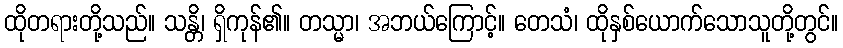
ထိုတရားတို့သည်။ သန္တိ၊ ရှိကုန်၏။ တသ္မာ၊ အဘယ်ကြောင့်။ တေသံ၊ ထိုနှစ်ယောက်သောသူတို့တွင်။